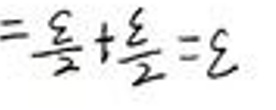
$= \frac { 3 } { 2 } + \frac { 5 } { 2 } = 8$